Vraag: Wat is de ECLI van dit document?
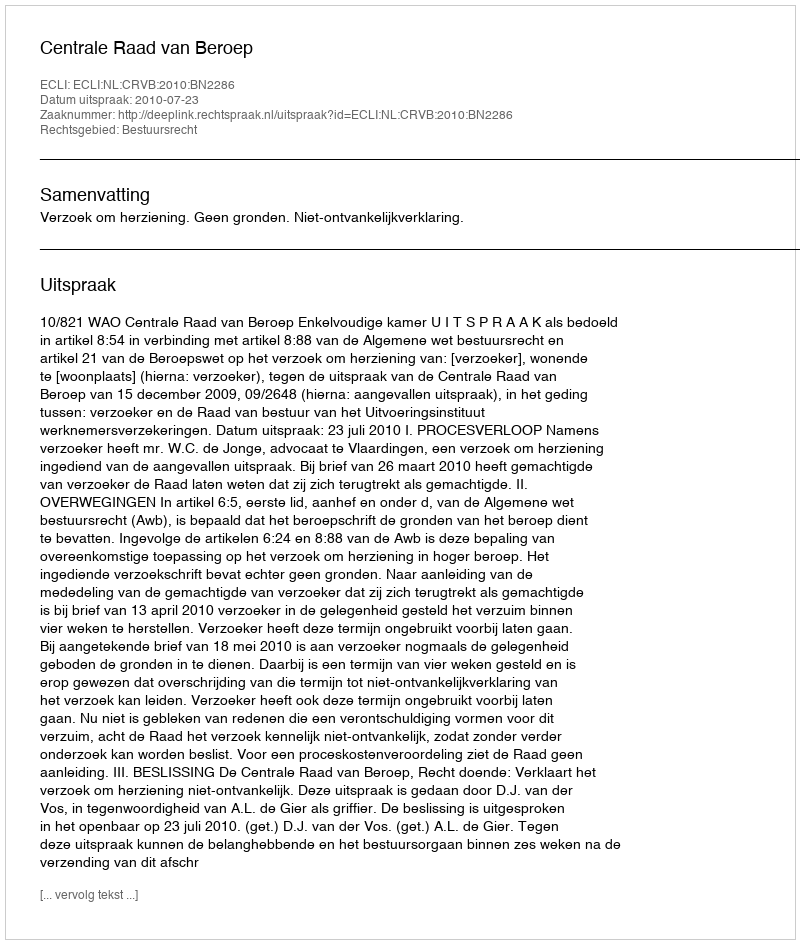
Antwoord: ECLI:NL:CRVB:2010:BN2286